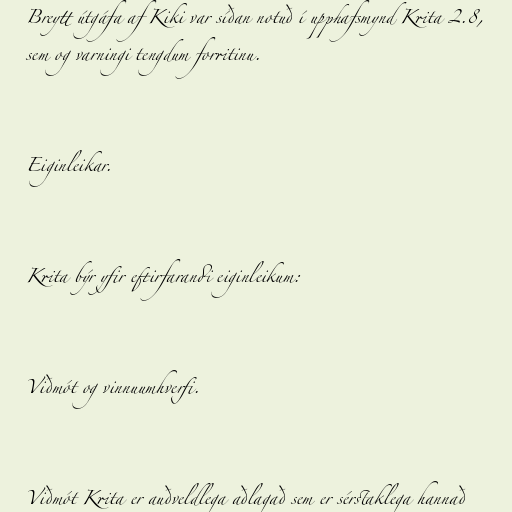
Breytt útgáfa af Kiki var síðan notuð í upphafsmynd Krita 2.8,
sem og varningi tengdum forritinu.

Eiginleikar.

Krita býr yfir eftirfarandi eiginleikum:

Viðmót og vinnuumhverfi.

Viðmót Krita er auðveldlega aðlagað sem er sérstaklega hannað